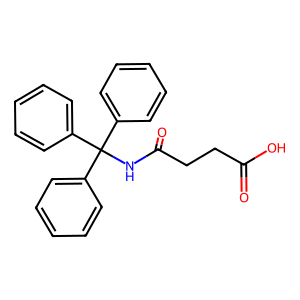
SMILES: O=C(O)CCC(=O)NC(c1ccccc1)(c1ccccc1)c1ccccc1
Inhibits HIV replication: No